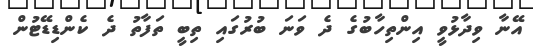
އޭނާ ވިދާޅުވީ އިންތިހާބުގެ ދެ ވަނަ ބުރުގައި ތިބީ ތަފާތު ދެ ކެންޑިޑޭޓުން